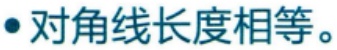
$\bullet$ 对角线长度相等。